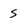
Character: S